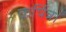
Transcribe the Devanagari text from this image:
कर्षित्र।